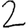
Digit: 2